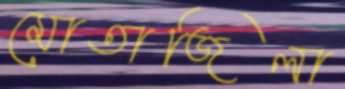
মোতাজিলা